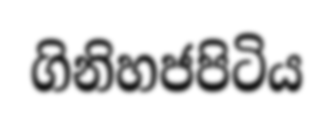
ගිනිහජපිටිය